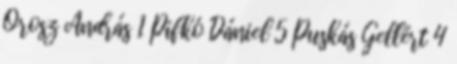
Orosz András 1 Pifkó Dániel 5 Puskás Gellért 4